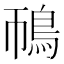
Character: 鳾